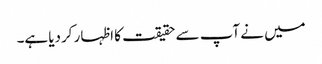
میں نے آپ سے حقیقت کا اظہار کردیا ہے۔